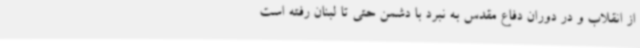
از انقلاب و در دوران دفاع مقدس به نبرد با دشمن حتی تا لبنان رفته است